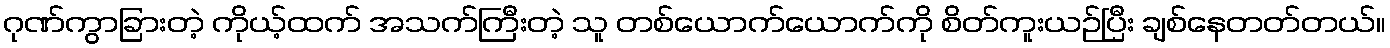
ဂုဏ်ကွာခြားတဲ့ ကိုယ့်ထက် အသက်ကြီးတဲ့ သူ တစ်ယောက်ယောက်ကို စိတ်ကူးယဉ်ပြီး ချစ်နေတတ်တယ်။